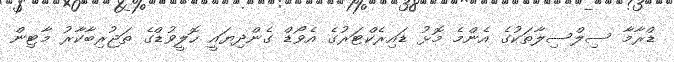
ޑްރާމާ ސިލްސިލާތަކުގެ އެންމެ މޮޅު ޑައިރެކްޓަރުގެ އެވޯޑް ގެންދިޔައީ ހޮލީވުޑްގެ ތަޖުރިބާކާރު މާޓިން